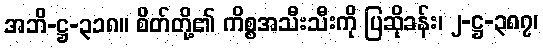
အဘိ-ဋ္ဌ-၃၁၈။ စိတ်တို့၏ ကိစ္စအသီးသီးကို ပြဆိုခန်း၊ ၂-ဋ္ဌ-၃၈၇၊